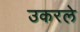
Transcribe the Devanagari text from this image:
उकरले